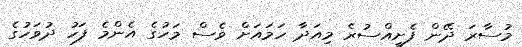
މުސާރަ ދޭން ފެށީއްސުރެ މިއަދާ ހަމައަށް ވެސް މަހުގެ އެންމެ ފަހު ދުވަހުގެ